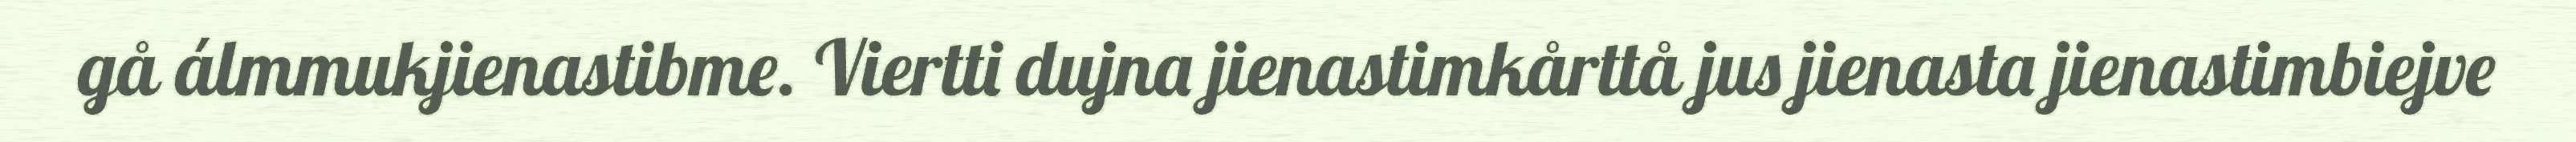
gå álmmukjienastibme. Viertti dujna jienastimkårttå jus jienasta jienastimbiejve